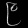
Digit: ၉